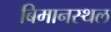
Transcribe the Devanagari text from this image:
बिमानस्थल